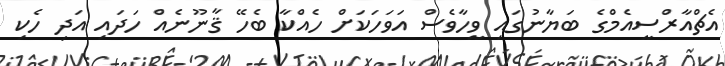
އެޗްއާރްސީއެމްގެ ބަޔާނުގައި ވީހާވެސް އަވަހަކަށް ހެއްކާ ބެހޭ ޤާނޫނެއް ހަދައި އަދި ހެކި